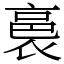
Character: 裛